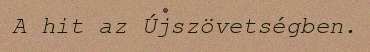
A hit az Újszövetségben.